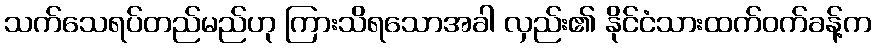
သက်သေရပ်တည်မည်ဟု ကြားသိရသောအခါ လှည်း၏ နိုင်ငံသားထက်ဝက်ခန့်က